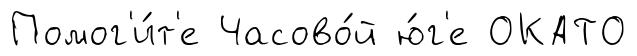
Помог'и́т'е Часово́й ю́г'е ОКАТО